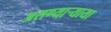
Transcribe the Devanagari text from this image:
असण्यार्‍याया